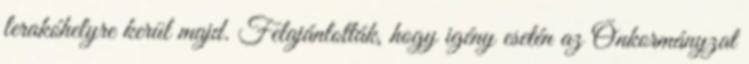
lerakóhelyre kerül majd. Felajánlották, hogy igény esetén az Önkormányzat